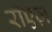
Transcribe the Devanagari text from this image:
रॉएज़